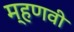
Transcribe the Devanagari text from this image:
म्हणवी